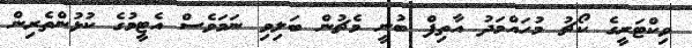
ވިކްޓަރީގެ ކޯޗު މުހައްމަދު އާތިފް ބުނީ މެޗުން ބަލިވި ނަމަވެސް އެޓީމުގެ ކުޅުންތެރިން